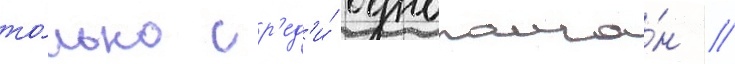
то́лько ср'ед'и́ однополча́н /